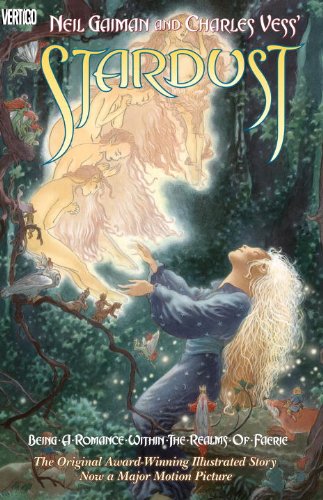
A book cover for Neil Gaiman and Charles Vess' Stardust; Neil Gaiman; Comics & Graphic Novels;